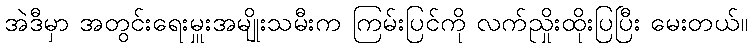
အဲဒီမှာ အတွင်းရေးမှူးအမျိုးသမီးက ကြမ်းပြင်ကို လက်ညှိုးထိုးပြပြီး မေးတယ်။